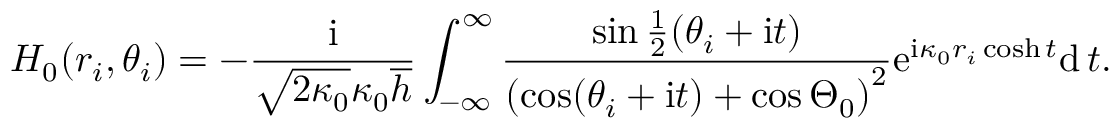
H _ { 0 } ( r _ { i } , \theta _ { i } ) = - \frac { \mathrm { i } } { \sqrt { 2 \kappa _ { 0 } } \kappa _ { 0 } \overline { { h } } } \int _ { - \infty } ^ { \infty } \frac { \sin \frac { 1 } { 2 } ( \theta _ { i } + \mathrm { i } t ) } { \left( \cos ( \theta _ { i } + \mathrm { i } t ) + \cos \Theta _ { 0 } \right) ^ { 2 } } \mathrm { e } ^ { \mathrm { i } \kappa _ { 0 } r _ { i } \cosh t } \mathrm { d } \, t .